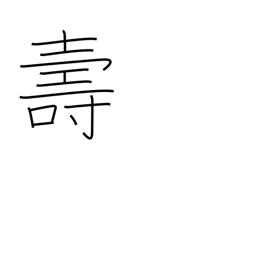
Meaning: longevity